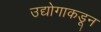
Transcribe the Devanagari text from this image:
उद्योगाकडून